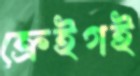
ক্রেইগই